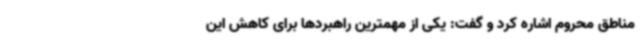
مناطق محروم اشاره کرد و گفت: یکی از مهمترین راهبردها برای کاهش این